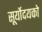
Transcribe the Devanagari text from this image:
सूर्योदयको